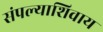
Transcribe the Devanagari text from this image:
संपल्याशिवाय